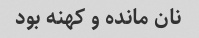
نان مانده و کهنه بود